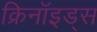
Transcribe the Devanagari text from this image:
क्रिनॉइड्स